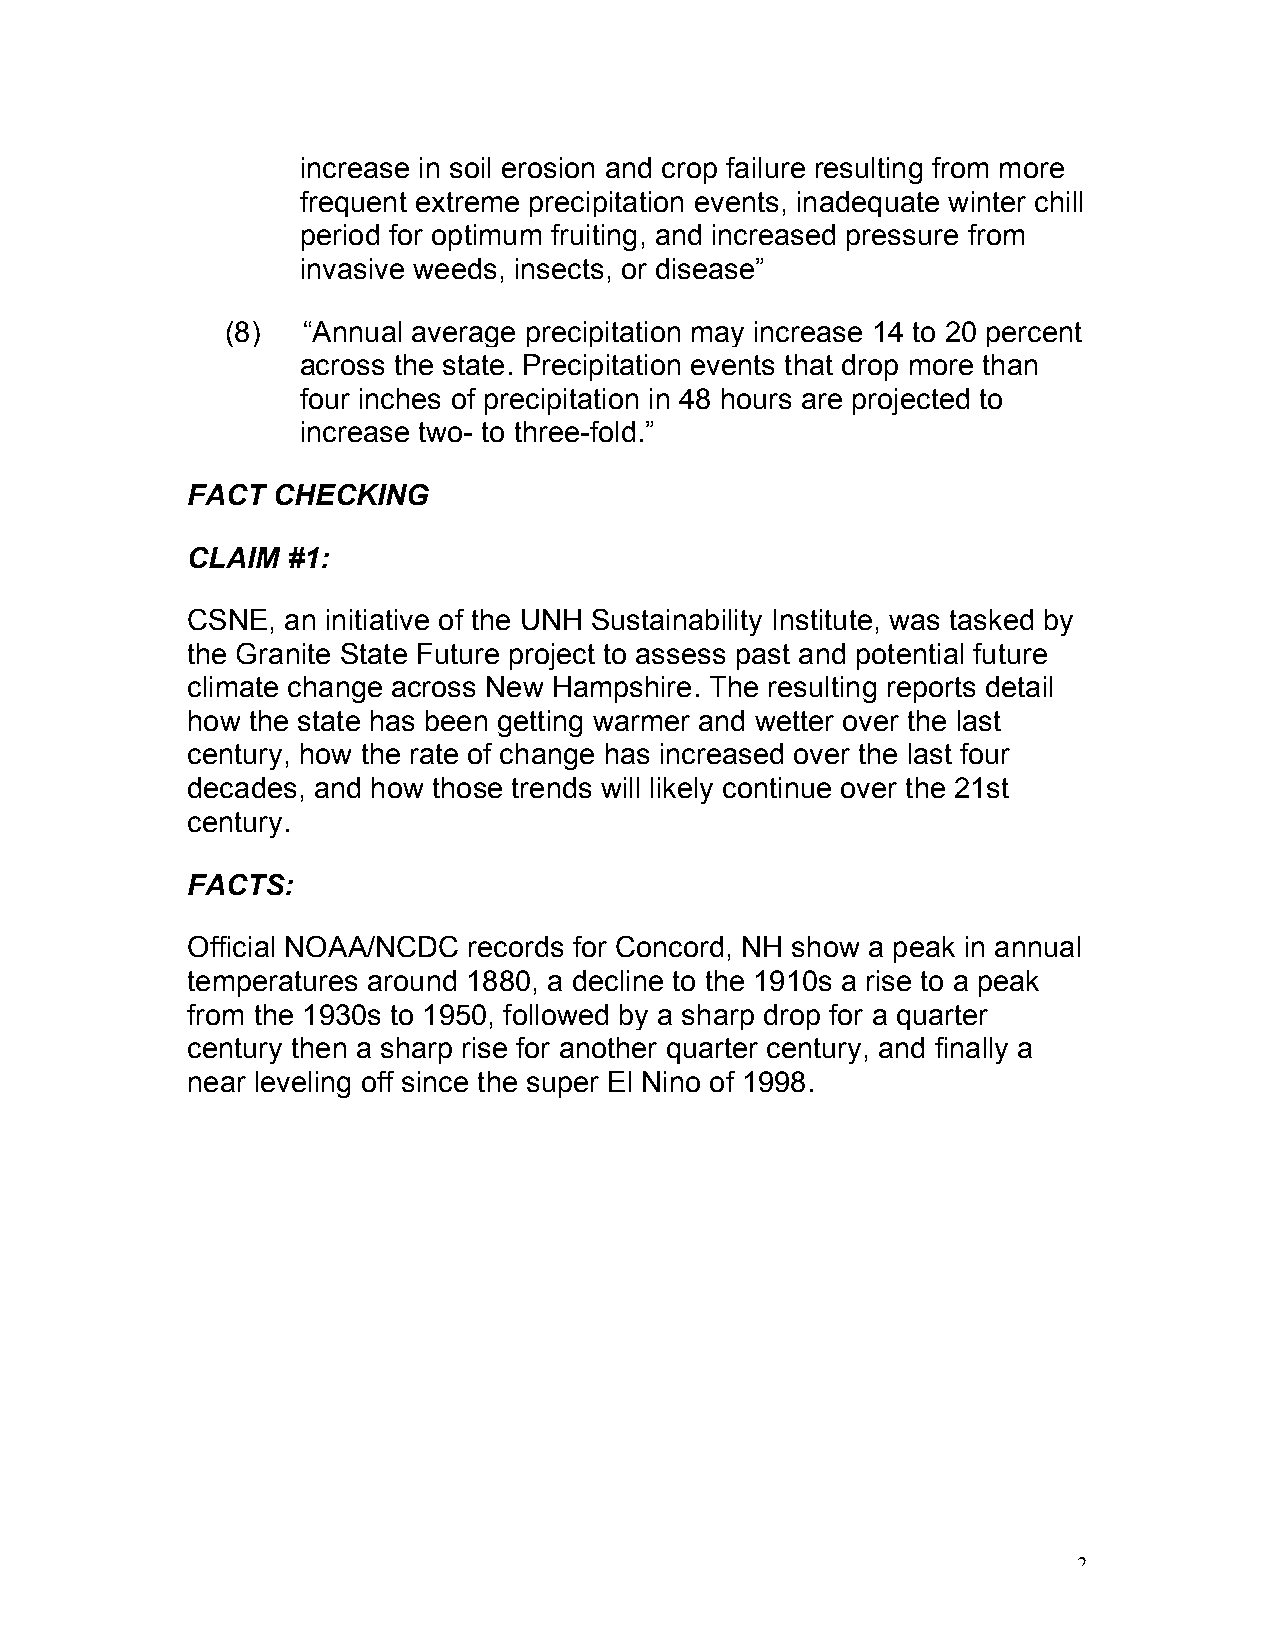
increase in soil erosion and crop failure resulting from more
 frequent extreme precipitation events, inadequate winter chill
 period for optimum fruiting, and increased pressure from
 invasive weeds, insects, or disease”
 (8)  “Annual average precipitation may increase 14 to 20 percent
 across the state. Precipitation events that drop more than
 four inches of precipitation in 48 hours are projected to
 increase two- to three-fold.”
 FACT  CHECKING
 CLAIM  #1:
 CSNE,  an initiative of the UNH Sustainability Institute, was tasked by
 the Granite State Future project to assess past and potential future
 climate change across New Hampshire. The resulting reports detail
 how the state has been getting warmer and wetter over the last
 century, how the rate of change has increased over the last four
 decades, and how those trends will likely continue over the 21st
 century.
 FACTS:
 Official NOAA/NCDC records for Concord, NH show a peak in annual
 temperatures around 1880, a decline to the 1910s a rise to a peak
 from the 1930s to 1950, followed by a sharp drop for a quarter
 century then a sharp rise for another quarter century, and finally a
 near leveling off since the super El Nino of 1998.
 2